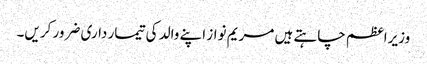
وزیراعظم چاہتے ہیں مریم نواز اپنے والد کی تیمار داری ضرور کریں۔